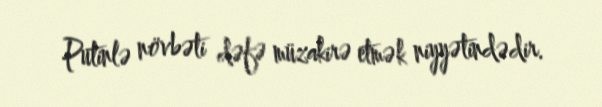
Putinlə növbəti dəfə müzakirə etmək niyyətindədir.